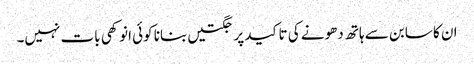
ان کا سابن سے ہاتھ دھونے کی تاکید پر جگتیں بنانا کوئی انوکھی بات نہیں۔